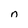
Character: n